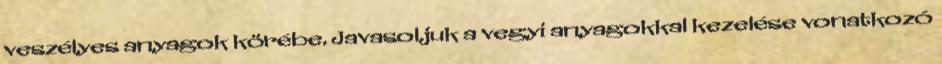
veszélyes anyagok körébe. Javasoljuk a vegyi anyagokkal kezelése vonatkozó